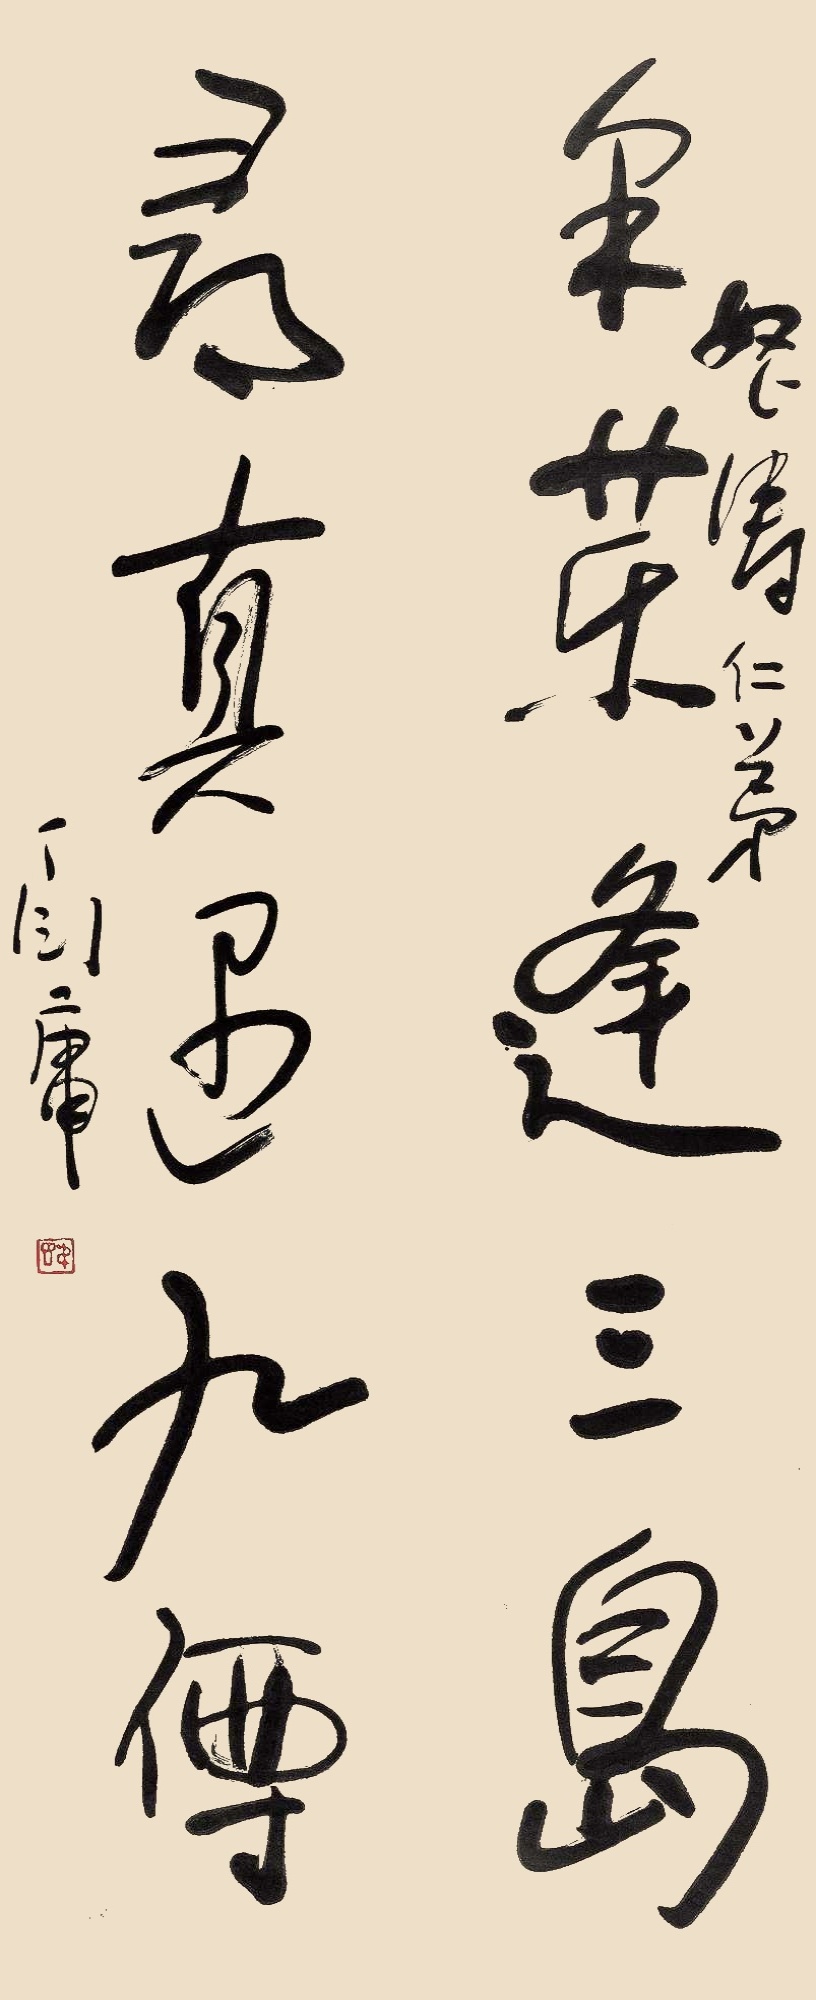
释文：采药逢三岛，寻真遇九仙。怒涛仁弟，丁衍庸。